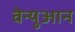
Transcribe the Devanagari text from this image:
वेन्युआन